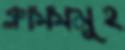
ক্লাসসমূহ